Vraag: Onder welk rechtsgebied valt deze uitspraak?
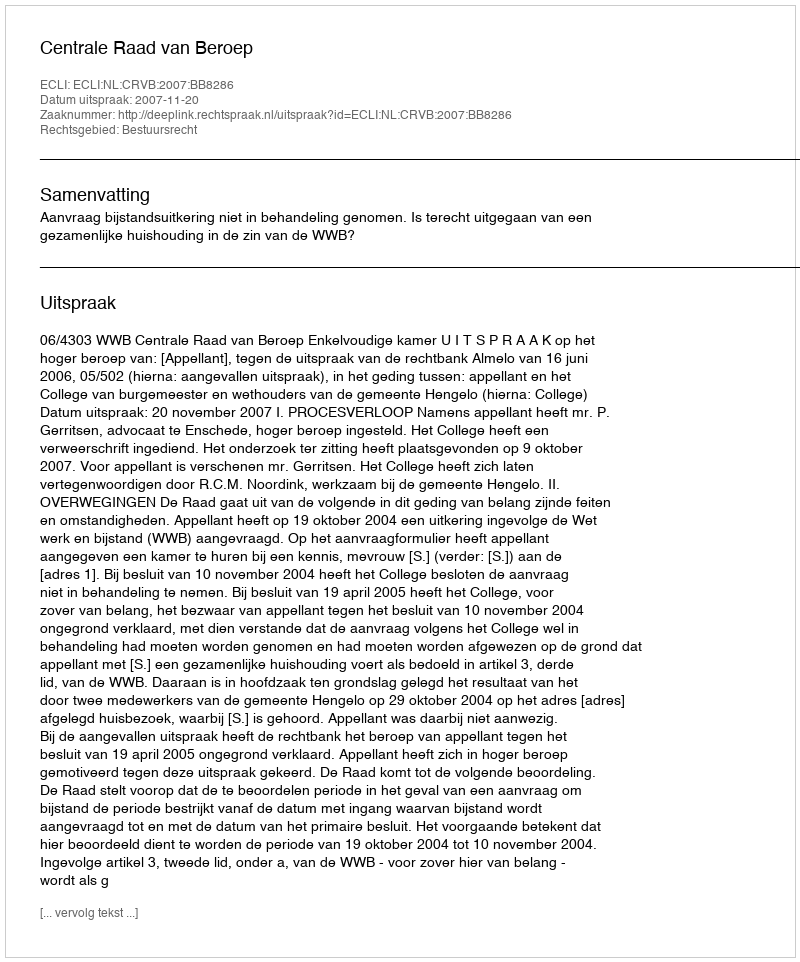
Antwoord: Bestuursrecht